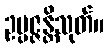
ဥပ္ပဇ္ဇန္တိသုတ်။